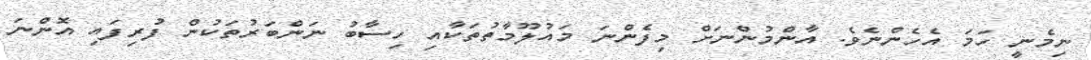
ނިމެނީ ހަމަ އެހެންނެވެ. އާންމުންނަށް މިފެންނަ މައުލޫމާތުތަކާއި ހިސާބު ނަންބަރުތަކުން ފުރިފައި އޮންނަ